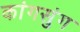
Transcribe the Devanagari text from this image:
कांगसुंग